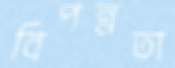
বিপন্নতা